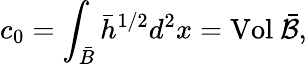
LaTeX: c_{0}=\int_{\bar{B}}{\bar{h}}^{1/2}d^{2}x=\mathrm{Vol}~\bar{\cal B},